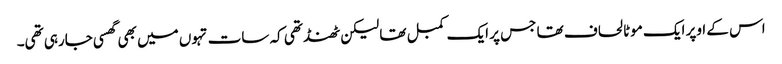
اس کے اوپر ایک موٹا لحاف تھا جس پر ایک کمبل تھا لیکن ٹھنڈ تھی کہ سات تہوں میں بھی گھسی جارہی تھی۔